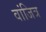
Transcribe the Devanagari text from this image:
वांजित्र